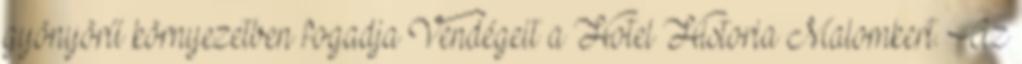
gyönyörű környezetben fogadja Vendégeit a Hotel Historia Malomkert. Az